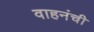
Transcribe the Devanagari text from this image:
वाहनंची